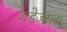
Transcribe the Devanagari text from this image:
जडेजाला